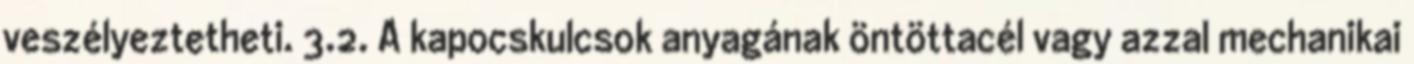
veszélyeztetheti. 3.2. A kapocskulcsok anyagának öntöttacél vagy azzal mechanikai